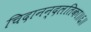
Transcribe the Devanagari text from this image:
चिदानन्दलतिका॥६॥